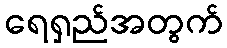
ရေရှည်အတွက်